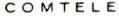
COMTELE